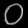
Digit: ၀